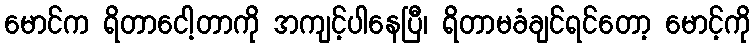
မောင်က ရိတာငေါ့တာကို အကျင့်ပါနေပြီ၊ ရိတာမခံချင်ရင်တော့ မောင့်ကို